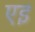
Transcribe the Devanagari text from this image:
एइ